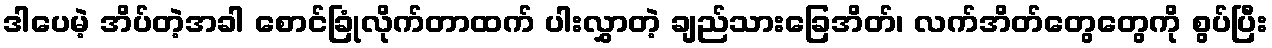
ဒါပေမဲ့ အိပ်တဲ့အခါ စောင်ခြုံလိုက်တာထက် ပါးလွှာတဲ့ ချည်သားခြေအိတ်၊ လက်အိတ်တွေတွေကို စွပ်ပြီး